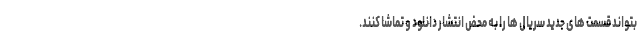
بتواند قسمت های جدید سریال ها را به محض انتشار دانلود و تماشا کنند.